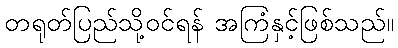
တရုတ်ပြည်သို့ဝင်ရန် အကြံနှင့်ဖြစ်သည်။